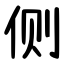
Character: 侧